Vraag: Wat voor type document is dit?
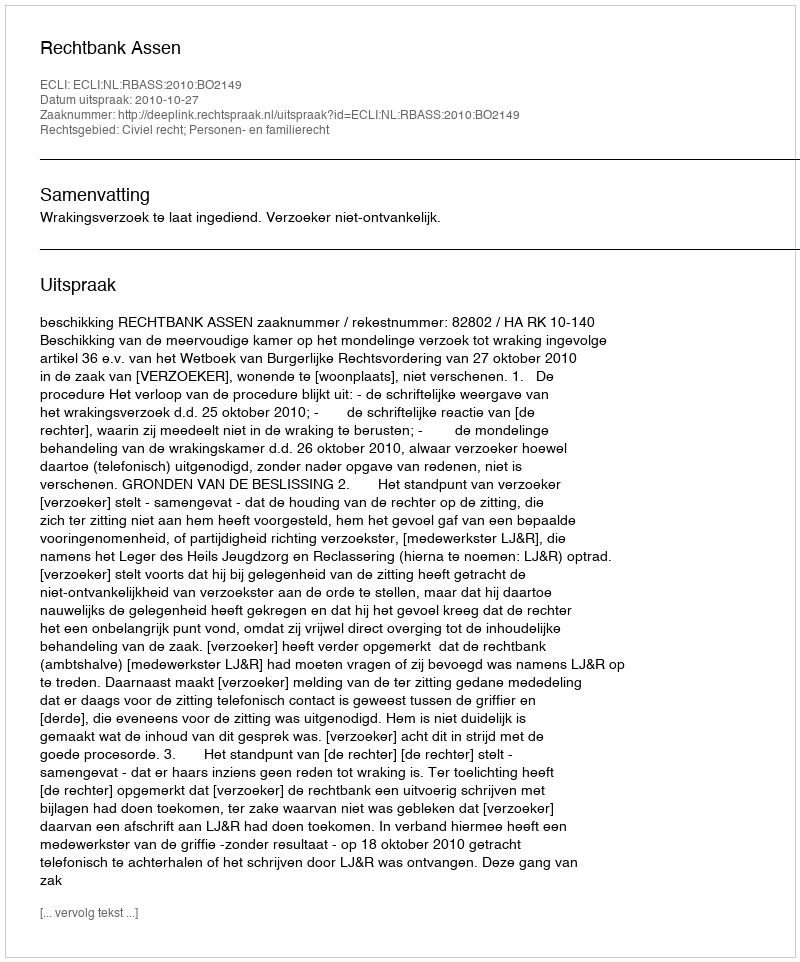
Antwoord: Uitspraak